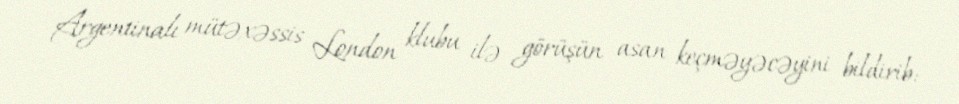
Argentinalı mütəxəssis London klubu ilə görüşün asan keçməyəcəyini bildirib: